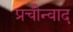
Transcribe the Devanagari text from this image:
प्रचीन्वाद